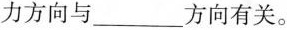
力方向与___方向有关。